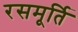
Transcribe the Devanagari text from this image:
रसमूर्ति